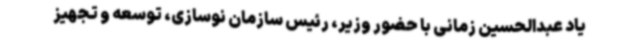
یاد عبدالحسین زمانی با حضور وزیر، رئیس سازمان نوسازی، توسعه و تجهیز